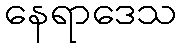
နေရာဒေသ